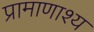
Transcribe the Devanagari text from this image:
प्रामाणाश्य